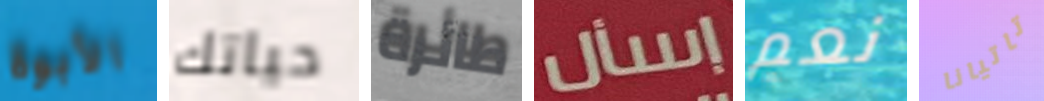
الأبوة حياتك طائرة إسأل نعم تاتيانا